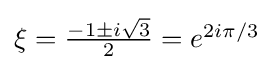
\textstyle \xi ={\frac {-1\pm i{\sqrt {3}}}{2}}=e^{2i\pi /3}